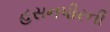
હસનપીરની